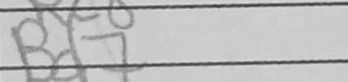
Transcription: Bd7